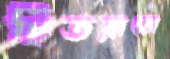
ছিতরানো